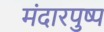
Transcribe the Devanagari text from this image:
मंदारपुष्प